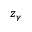
z _ { \gamma }